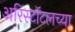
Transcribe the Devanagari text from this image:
अरिस्टॉटलच्या